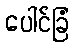
ပေါင်ခြံ